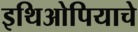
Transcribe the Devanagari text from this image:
इथिओपियाचे